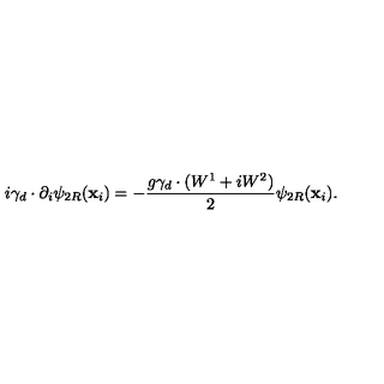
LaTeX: i \gamma _ { d } \cdot \partial _ { i } \psi _ { 2 R } ( \mathbf { x } _ { i } ) = - \frac { g \gamma _ { d } \cdot ( W ^ { 1 } + i W ^ { 2 } ) } { 2 } \psi _ { 2 R } ( \mathbf { x } _ { i } ) .